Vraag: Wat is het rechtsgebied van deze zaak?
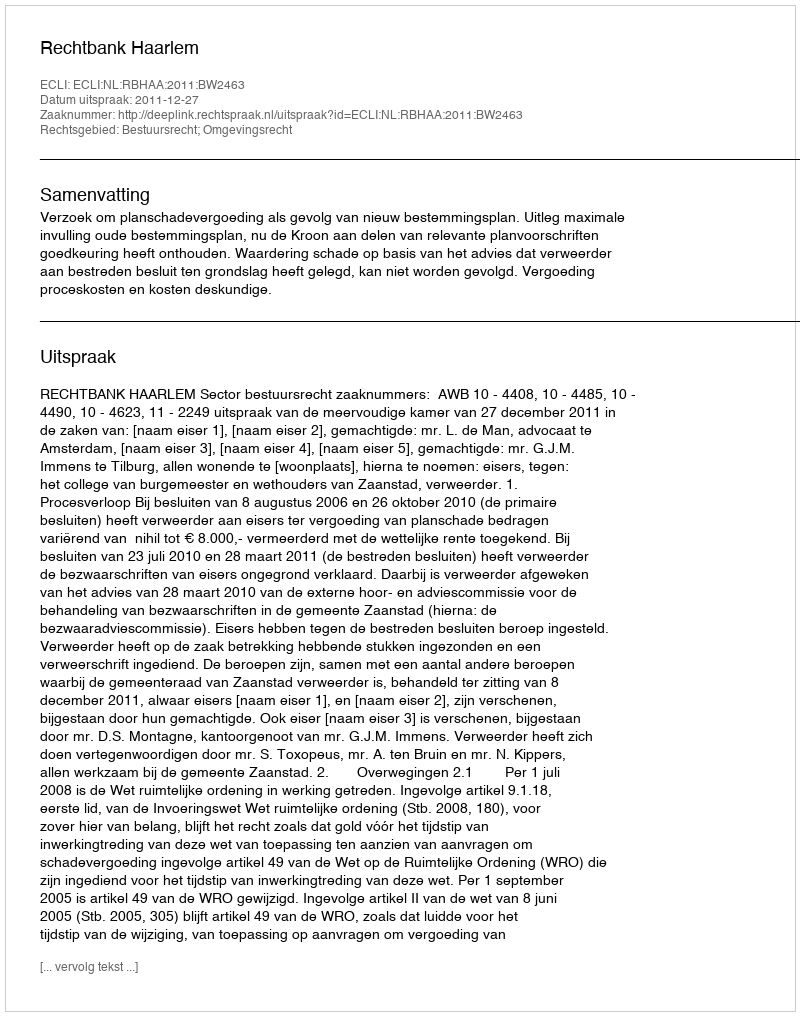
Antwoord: Bestuursrecht; Omgevingsrecht